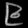
Digit: ၉